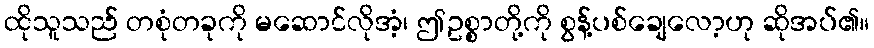
ထိုသူသည် တစုံတခုကို မဆောင်လိုအံ့၊ ဤဥစ္စာတို့ကို စွန့်ပစ်ချေလော့ဟု ဆိုအပ်၏။